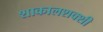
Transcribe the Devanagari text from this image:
शाकालशक्शी